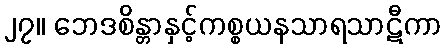
၂၇။ ဘေဒစိန္တာနှင့်ကစ္စယနသာရသာဋီကာ